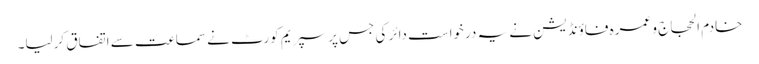
خادم الحجاج و عمرہ فاؤنڈیشن نے یہ درخواست دائر کی جس پر سپریم کورٹ نے سماعت سے اتفاق کرلیا۔